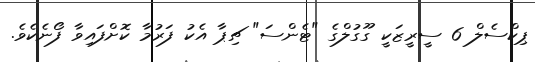
ޕިކްސެލް 6 ސީރީޒަކީ ގޫގުލްގެ "ޓެންސަ" ޗިޕާ އެކު ފަރުމާ ކޮށްފައިވާ ފޯނެކެވެ.